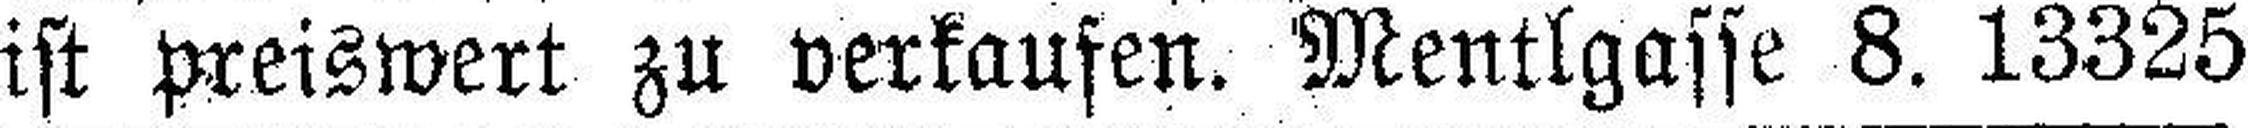
ist preiswert zu verkaufen. Mentlgasse 8. 13325